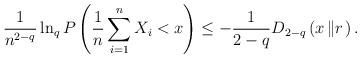
LaTeX: \begin{align*}\frac{1}{n^{2-q}}\ln_{q}P\left( \frac{1}{n}\sum_{i=1}^{n}X_{i}<x\right)\leq-\frac{1}{2-q}D_{2-q}\left( x\left\Vert r\right. \right) .\end{align*}